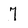
Character: 7